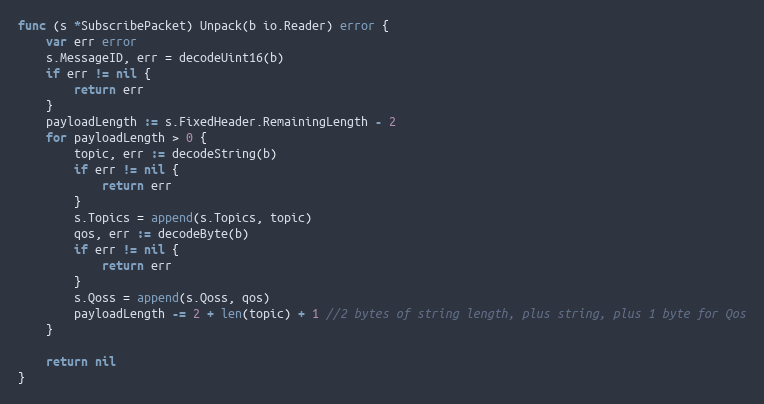
Language: Go
func (s *SubscribePacket) Unpack(b io.Reader) error {
	var err error
	s.MessageID, err = decodeUint16(b)
	if err != nil {
		return err
	}
	payloadLength := s.FixedHeader.RemainingLength - 2
	for payloadLength > 0 {
		topic, err := decodeString(b)
		if err != nil {
			return err
		}
		s.Topics = append(s.Topics, topic)
		qos, err := decodeByte(b)
		if err != nil {
			return err
		}
		s.Qoss = append(s.Qoss, qos)
		payloadLength -= 2 + len(topic) + 1 //2 bytes of string length, plus string, plus 1 byte for Qos
	}

	return nil
}